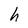
Character: h